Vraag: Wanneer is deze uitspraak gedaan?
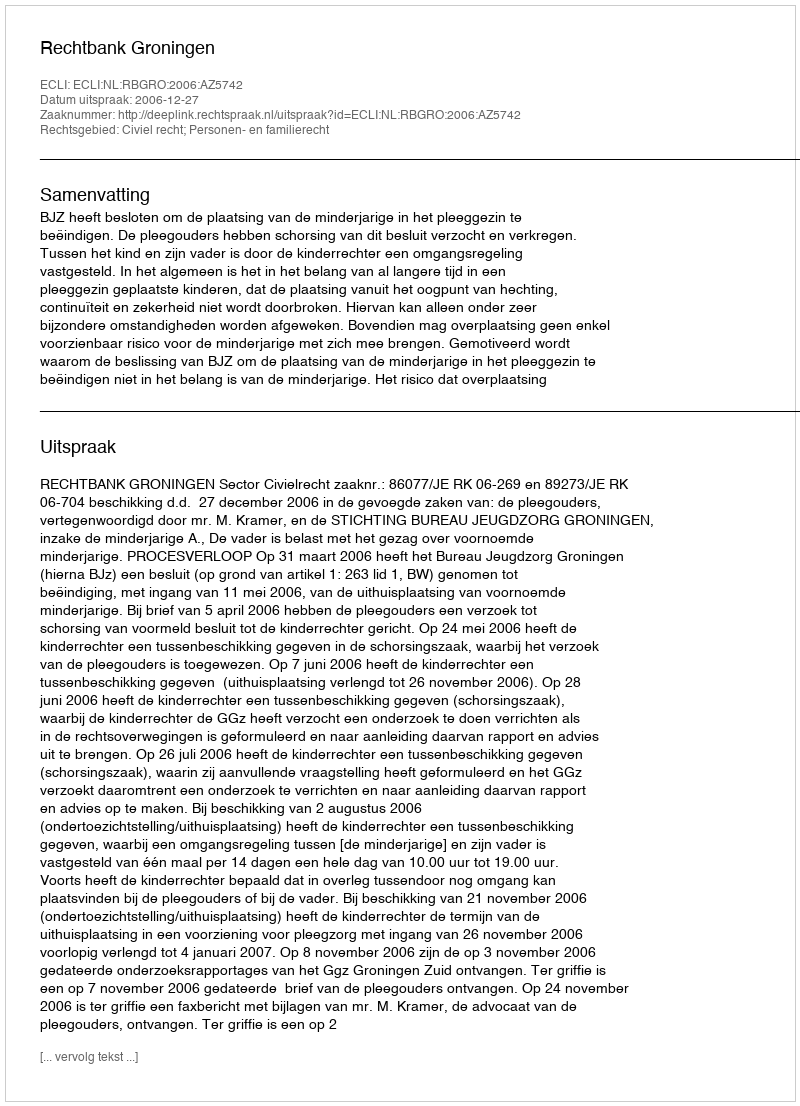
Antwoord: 2006-12-27